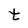
Character: t